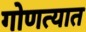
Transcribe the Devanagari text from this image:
गोणत्यात